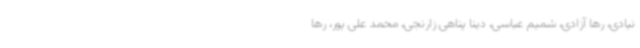
نیادی، رها آزادی، شمیم عباسی، دینا پناهی زارنجی، محمد علی پور، رها